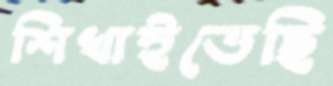
শিখাইতেছি